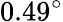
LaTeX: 0.49^{\circ}